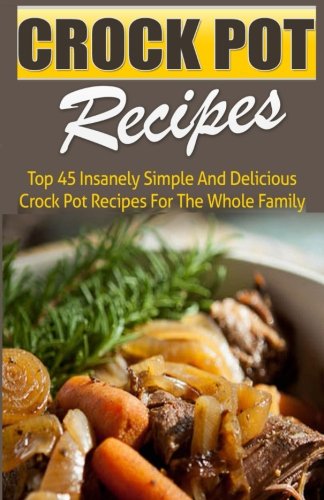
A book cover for Crock Pot Recipes: Top 45 Insanely Simple And Delicious Crock Pot Recipes For The Whole Family; Jeanne K. Johnson; Cookbooks, Food & Wine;